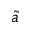
\tilde { a }